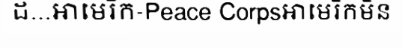
ដ...អាមេរិក-Peace Corpsអាមេរិកមិន